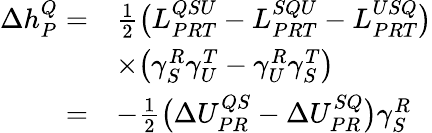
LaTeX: \begin{array}{rl}{\Delta h_{P}^{Q}=}&{\frac{1}{2}\big(L_{PRT}^{QSU}-L_{PRT}^{SQU}-L_{PRT}^{USQ}\big)}\\ &{\times\big(\gamma_{S}^{R}\gamma_{U}^{T}-\gamma_{U}^{R}\gamma_{S}^{T}\big)}\\ {=}&{-\frac{1}{2}\big(\Delta U_{PR}^{QS}-\Delta U_{PR}^{SQ}\big)\gamma_{S}^{R}}\end{array}